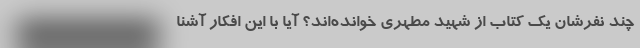
چند نفرشان یک کتاب از شهید مطهری خوانده‌اند؟ آیا با این افکار آشنا